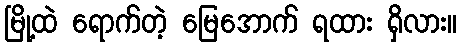
မြို့ထဲ ရောက်တဲ့ မြေအောက် ရထား ရှိလား။